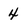
Character: 4